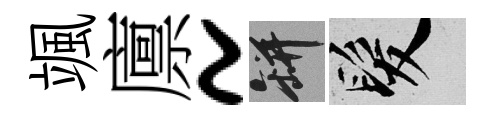
颯廪~瓶髮